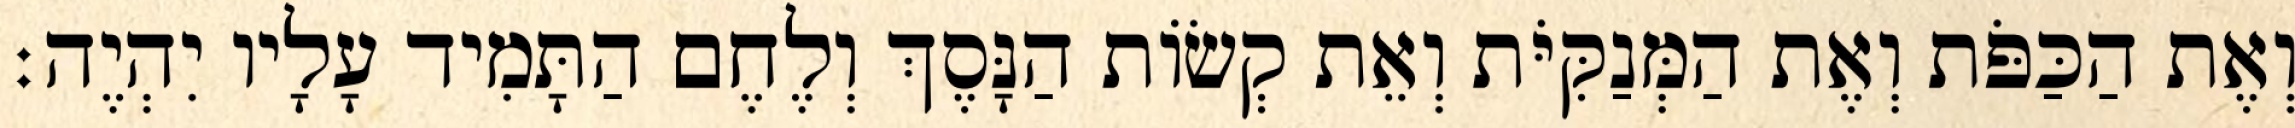
וְאֶת הַכַּפֹּת וְאֶת הַמְּנַקִּיֹּת וְאֵת קְשׂוֹת הַנָּסֶךְ וְלֶחֶם הַתָּמִיד עָלָיו יִהְיֶה׃